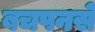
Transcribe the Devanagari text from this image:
बचपनसे